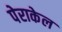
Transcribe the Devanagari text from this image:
पेराकेल